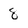
Character: 8